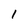
Character: 1